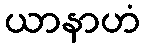
ယာနာဟံ